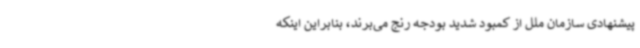
پیشنهادی سازمان ملل از کمبود شدید بودجه رنج می‌برند، بنابراین اینکه